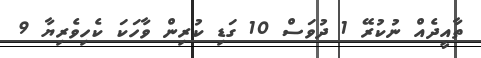
ތާއީދެއް ނުކުރޭ 1 ދުވަސް 10 ގަޑި ކުރިން ވާހަކަ ކެހިވެރިޔާ 9